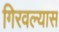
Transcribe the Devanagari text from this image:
गिरवल्यास